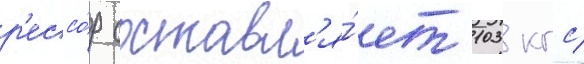
р'ессо́р составл'я́ет 103 кгс/